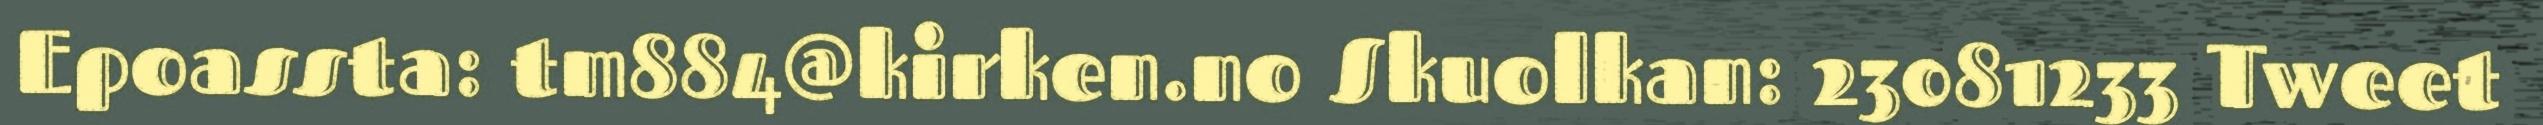
Epoassta: tm884@kirken.no Skuolkan: 23081233 Tweet